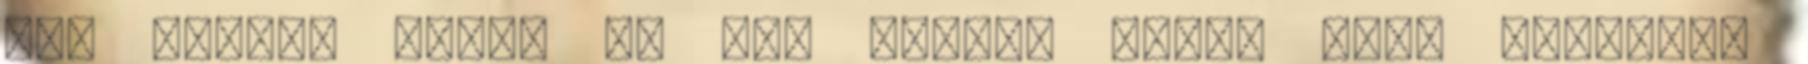
még nagyon pici, de úgy örülök neki, hogy sikerült